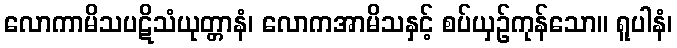
လောကာမိသပဋိသံယုတ္တာနံ၊ လောကအာမိသနှင့် စပ်ယှဉ်ကုန်သော။ ရူပါနံ၊